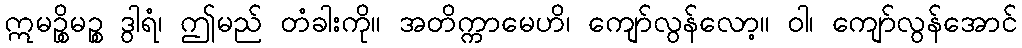
ဣမဉ္စိမဉ္စ ဒွါရံ၊ ဤမည် တံခါးကို။ အတိက္ကာမေဟိ၊ ကျော်လွန်လော့။ ဝါ၊ ကျော်လွန်အောင်